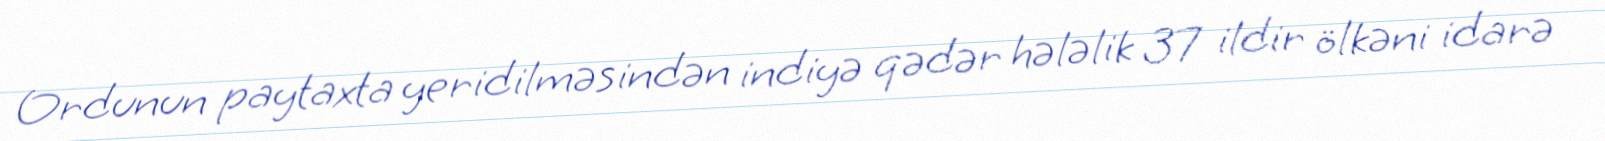
Ordunun paytaxta yeridilməsindən indiyə qədər hələlik 37 ildir ölkəni idarə